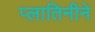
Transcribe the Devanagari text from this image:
प्लातिनीने